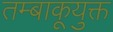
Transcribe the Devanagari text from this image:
तम्बाकूयुक्त